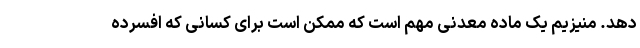
دهد. منیزیم یک ماده معدنی مهم است که ممکن است برای کسانی که افسرده